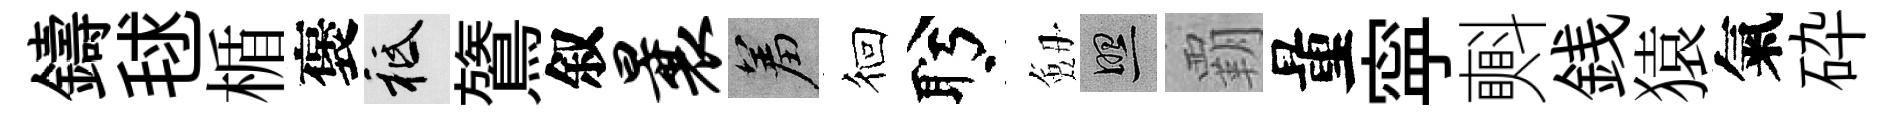
鑄毬楯褒祇鷟叙曩羞徊盻劔照覇量寜㪺銭猿氣砕